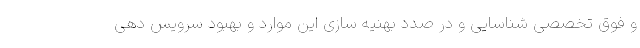
و فوق تخصصی شناسایی و در صدد بهنیه سازی این موارد و بهبود سرویس دهی